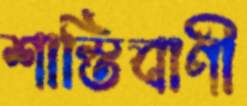
শাস্তিবাণী